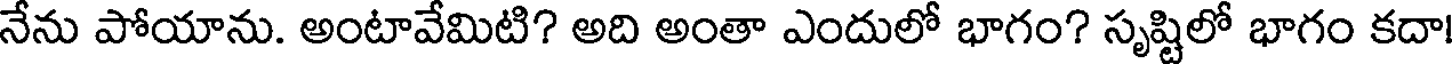
నేను పోయాను. అంటావేమిటి? అది అంతా ఎందులో భాగం? సృష్టిలో భాగం కదా